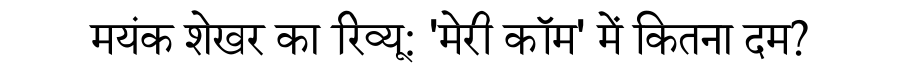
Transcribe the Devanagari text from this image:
मयंक शेखर का रिव्यू: 'मेरी कॉम' में कितना दम?